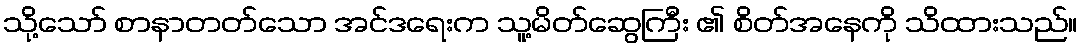
သို့သော် စာနာတတ်သော အင်ဒရေးက သူ့မိတ်ဆွေကြီး ၏ စိတ်အနေကို သိထားသည်။